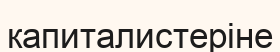
капиталистеріне